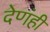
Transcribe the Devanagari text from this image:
देणंही